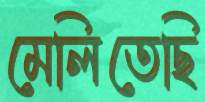
মেলিতেছি